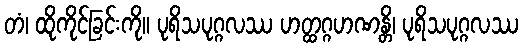
တံ၊ ထိုကိုင်ခြင်းကို။ ပုရိသပုဂ္ဂလဿ ဟတ္ထဂ္ဂဟဏန္တိ၊ ပုရိသပုဂ္ဂလဿ